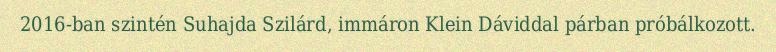
2016-ban szintén Suhajda Szilárd, immáron Klein Dáviddal párban próbálkozott.